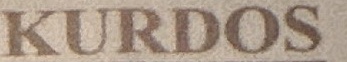
KURDOS